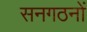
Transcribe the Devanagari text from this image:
सनगठनों